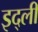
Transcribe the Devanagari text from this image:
इद्ली